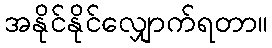
အနိုင်နိုင်လျှောက်ရတာ။